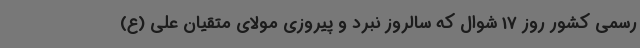
رسمی کشور روز 17 شوال که سالروز نبرد و پیروزی مولای متقیان علی (ع)